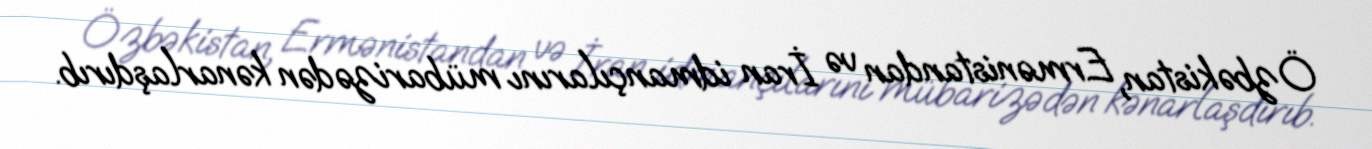
Özbəkistan, Ermənistandan və İran idmançılarını mübarizədən kənarlaşdırıb.